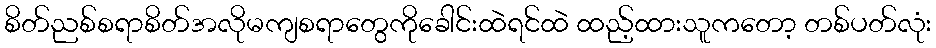
စိတ်ညစ်စရာစိတ်အလိုမကျစရာတွေကိုခေါင်းထဲရင်ထဲ ထည့်ထားသူကတော့ တစ်ပတ်လုံး